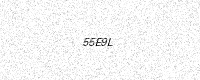
Text: 55E9L